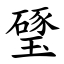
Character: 㻹